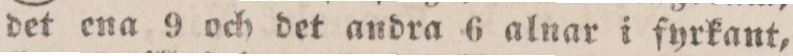
det ena 9 och det andra 6 alnar i fyrkant,